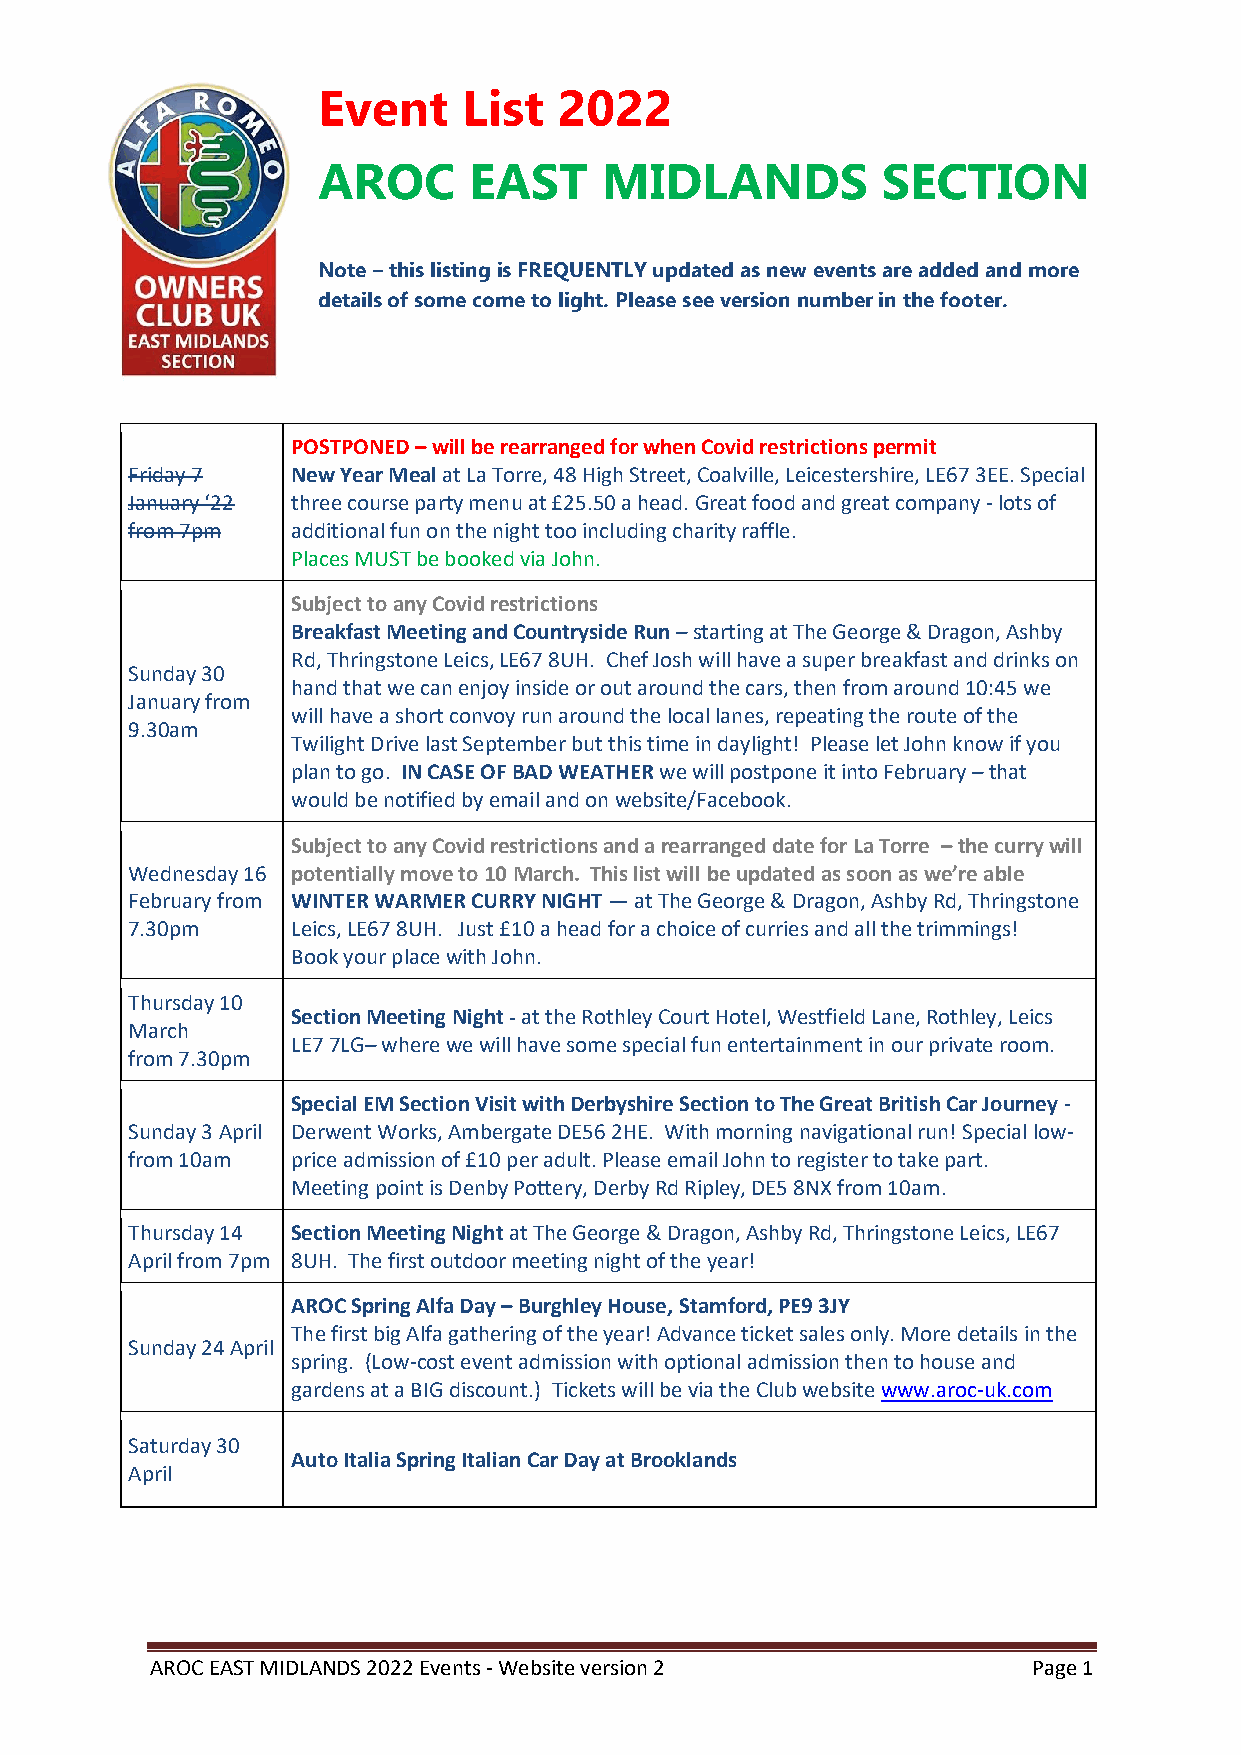
Event     List  2022
 AROC      EAST     MIDLANDS          SECTION
 Note – this listing is FREQUENTLY updated as new events are added and more
 details of some come to light. Please see version number in the footer.
 POSTPONED – will be rearranged for when Covid restrictions permit
 Friday 7   New Year Meal at La Torre, 48 High Street, Coalville, Leicestershire, LE67 3EE. Special
 January ‘22 three course party menu at £25.50 a head. Great food and great company - lots of
 from 7pm   additional fun on the night too including charity raffle.
 Places MUST be booked via John.
 Subject to any Covid restrictions
 Breakfast Meeting and Countryside Run – starting at The George & Dragon, Ashby
 Rd, Thringstone Leics, LE67 8UH. Chef Josh will have a super breakfast and drinks on
 Sunday 30
 hand that we can enjoy inside or out around the cars, then from around 10:45 we
 January from
 will have a short convoy run around the local lanes, repeating the route of the
 9.30am
 Twilight Drive last September but this time in daylight! Please let John know if you
 plan to go. IN CASE OF BAD WEATHER we will postpone it into February – that
 would be notified by email and on website/Facebook.
 Subject to any Covid restrictions and a rearranged date for La Torre – the curry will
 Wednesday 16 potentially move to 10 March. This list will be updated as soon as we’re able
 February from WINTER WARMER CURRY NIGHT — at The George & Dragon, Ashby Rd, Thringstone
 7.30pm     Leics, LE67 8UH. Just £10 a head for a choice of curries and all the trimmings!
 Book your place with John.
 Thursday 10
 Section Meeting Night - at the Rothley Court Hotel, Westfield Lane, Rothley, Leics
 March
 LE7 7LG– where we will have some special fun entertainment in our private room.
 from 7.30pm
 Special EM Section Visit with Derbyshire Section to The Great British Car Journey -
 Sunday 3 April Derwent Works, Ambergate DE56 2HE. With morning navigational run! Special low-
 from 10am  price admission of £10 per adult. Please email John to register to take part.
 Meeting point is Denby Pottery, Derby Rd Ripley, DE5 8NX from 10am.
 Thursday 14 Section Meeting Night at The George & Dragon, Ashby Rd, Thringstone Leics, LE67
 April from 7pm 8UH. The first outdoor meeting night of the year!
 AROC Spring Alfa Day – Burghley House, Stamford, PE9 3JY
 The first big Alfa gathering of the year! Advance ticket sales only. More details in the
 Sunday 24 April
 spring. (Low-cost event admission with optional admission then to house and
 gardens at a BIG discount.) Tickets will be via the Club website www.aroc-uk.com
 Saturday 30
 Auto Italia Spring Italian Car Day at Brooklands
 April
 AROC EAST MIDLANDS 2022 Events - Website version 2        Page 1